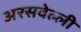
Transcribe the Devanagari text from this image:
अरसवेल्ली